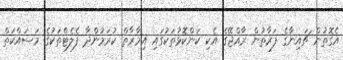
އެގޮތުން ޗައިނާގެ ފަރާތުން ރާއްޖޭގެ އެކި ކަންކޮޅުތަކުގައި އިމާރާތް ކުރަމުންދާ ފެލެޓްތަކުގެ މަސައްކަތް